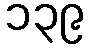
၁၃၉